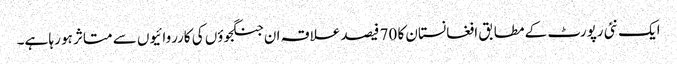
ایک نئی رپورٹ کے مطابق افغانستان کا 70 فیصد علاقہ ان جنگجوؤں کی کارروائیوں سے متاثر ہو رہا ہے۔